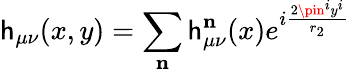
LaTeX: \mathsf{h}_{\mu\nu}(x,y)=\sum_{{\textbf{{n}}}}\mathsf{h}_{\mu\nu}^{{\textbf{{n}}}}(x)e^{i\frac{{2\pin^{i}y^{i}}}{{r_{2}}}}